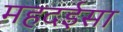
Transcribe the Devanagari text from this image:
महदईसा